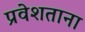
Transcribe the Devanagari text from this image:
प्रवेशताना